Annual statistical returns and brief notes on vaccination in Bengal - 1909-1929
Year: 1909
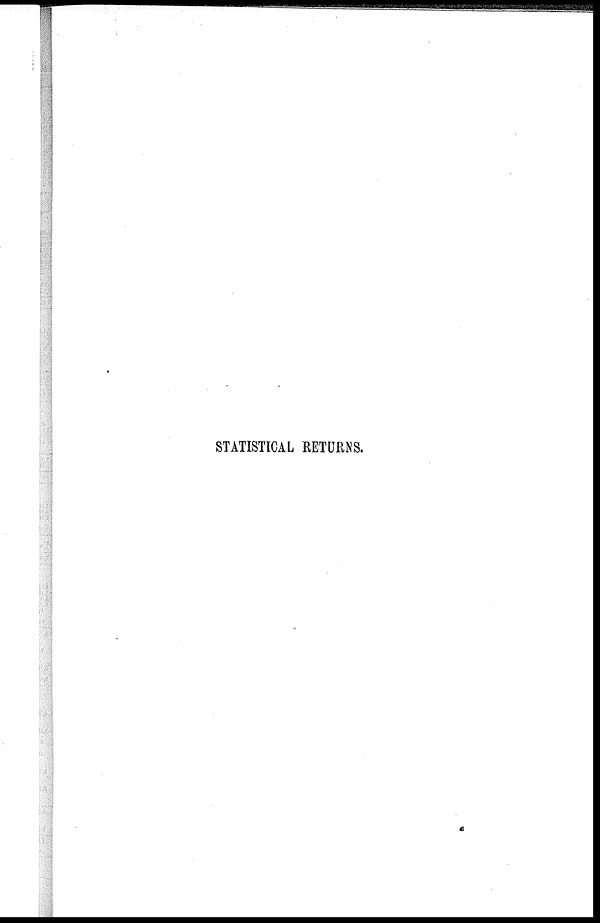
STATISTICAL RETURNS.
a